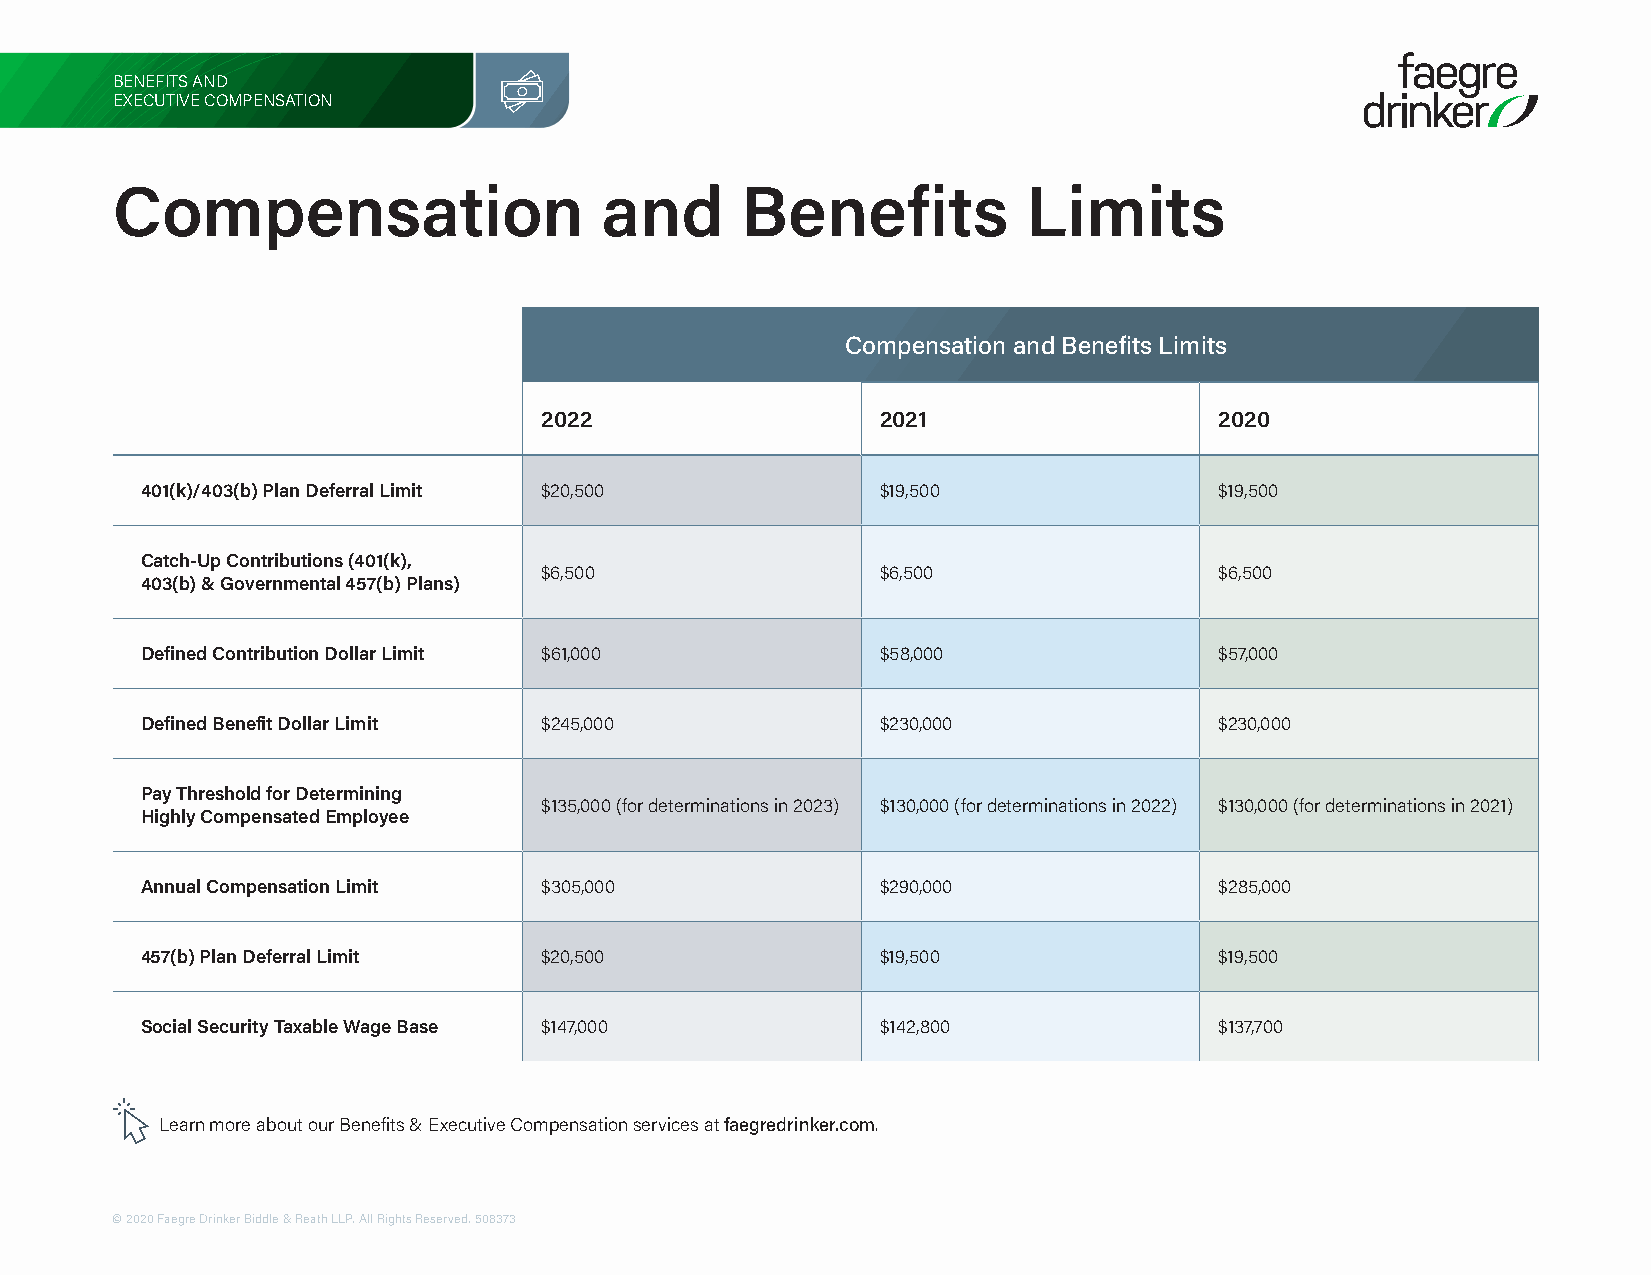
BENEFITS AND
 EXECUTIVE COMPENSATION
 Compensation                     and      Benefits           Limits
 Compensation and Benefits Limits
 2022                  2021                   2020
 401(k)/403(b) Plan Deferral Limit $20,500        $19,500                $19,500
 Catch-Up Contributions (401(k),
 $6,500                $6,500                 $6,500
 403(b) & Governmental 457(b) Plans)
 Defined Contribution Dollar Limit $61,000        $58,000                $57,000
 Defined Benefit Dollar Limit $245,000            $230,000               $230,000
 Pay Threshold for Determining
 $135,000 (for determinations in 2023) $130,000 (for determinations in 2022) $130,000 (for determinations in 2021)
 Highly Compensated Employee
 Annual Compensation Limit  $305,000              $290,000               $285,000
 457(b) Plan Deferral Limit $20,500               $19,500                $19,500
 Social Security Taxable Wage Base $147,000       $142,800               $137,700
 Learn more about our Benefits & Executive Compensation services at faegredrinker.com.
 © 2020 Faegre Drinker Biddle & Reath LLP. All Rights Reserved. 508373